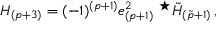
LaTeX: H _ { ( p + 3 ) } = ( - 1 ) ^ { ( p + 1 ) } e _ { ( p + 1 ) } ^ { 2 } \ { } ^ { \star } \tilde { H } _ { ( \tilde { p } + 1 ) } \, ,